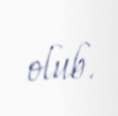
olub.